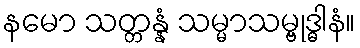
နမော သတ္တန္နံ သမ္မာသမ္ဗုဒ္ဓါနံ။